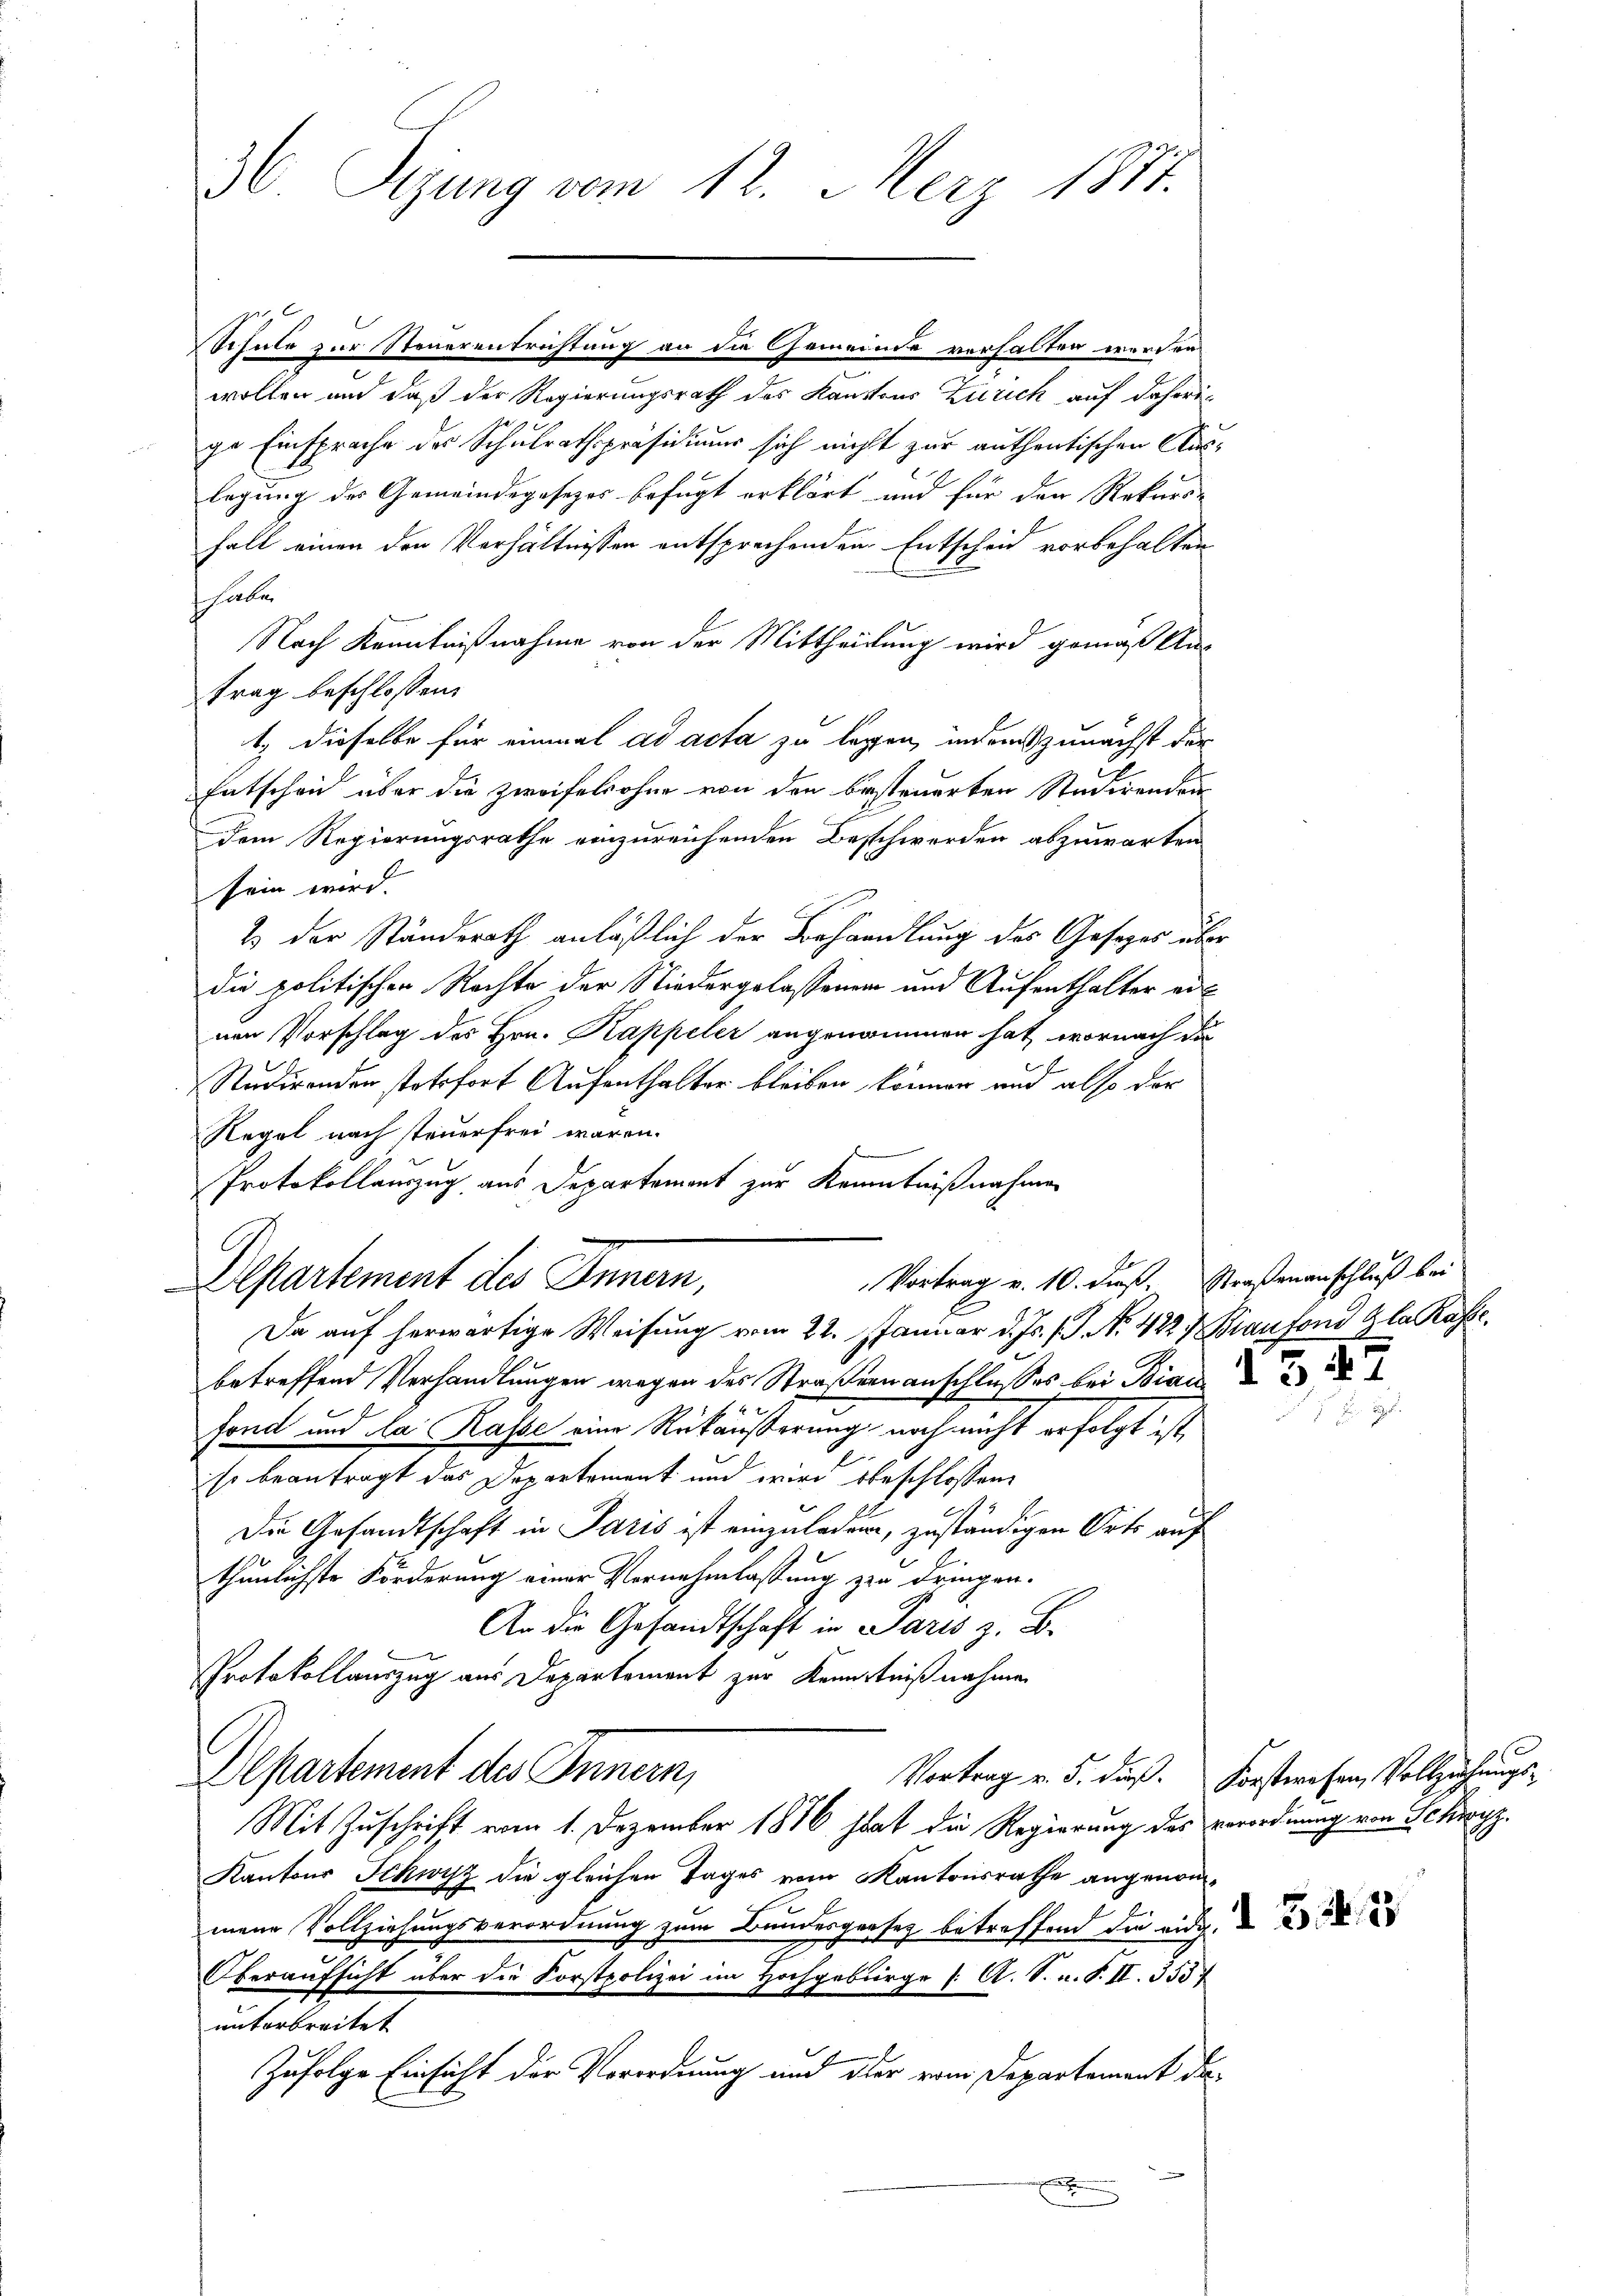
36 Sejung vom 12. Merz 1877.

wollen und daß der Regierungsrath des Kantons Zürich auf daherige Einsprache des Schulrathspräsidium sich nicht zur authentischen Auslegung des Gemeindegesezes befugt erklärt und für den Rekurs-
Fall einen den Verhältnissen entsprechenden Entscheid vorbehalten
s haben
Nach Kenntnißnahme von der Mittheilung wird gemas Ans
trag beschlossen:
1. dieselbe für einmal ad acta zu legen, indem zunächst der
Entschen über die Zweifelsohne von den besteuerten Studirenden
dem Regierungsrathe einzureichenden Beschwerden abzuwarten
sein wird.
2 der Ständerath anläßlich der Behandlung des Gesetzes über
die politischen Rechte der Niedergelassenen und Aufenthalter einen Vorschlag des Hrn. Kappeler angenommen hat, wornach die
Studirenden stosofort Aufenthalter bleiben können und also der
Regel nach steuerfrei wären.
Protokollauszug aus Departement zur Kenntnißnahme
Vortrag v. 10. dieß. Straßenanschluß bei
Departement des Innern,
Da auf herwärtige Weisung vom 22. Januar d. Js. f. No. 422 7 Kiaufond Gla Kasse.
betreffend Verhandlungen wegen des Straßenanschlusses bei Bian
Fond und da Rasse eine Rückäußerung noch nicht erfolgt ist,
so beantragt das Departement und wird beschlossene
Die Gesandtschaft in Paris ist einzuladen, zuständigen Orts auf
thunlichste Förderung einer Vernehmlassung zu dringen.
An die Gesandtschaft in Paris z. B.
Protokollauszug aus Departement zur Kenntnißnahmen
Departement des Innern,
Vortrag v. 5. dieß. Forstwesen, Vollziehungs-
Mit Zuschrift vom 1. Dezember 1886 hat die Regierung des verordnung von Schwyz.
Kantons Schwyz die gleichen Tages vom Kantonsrathe angenommene Vollziehungsverordnung zum Bundesgesez betreffend die auch d
Oberaufsicht über die Forstpolizei im Hochgebürge /: A. S. n. F. II. 3537
unterbreitet
Zufolge Einsicht der Verordnung und der vom Departement da¬

x

Schule zur Steuerentrichtung an die Gemeinde verhalten worden.